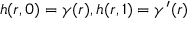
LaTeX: h ( r , 0 ) = \gamma ( r ) , h ( r , 1 ) = \gamma ^ { \prime } ( r )